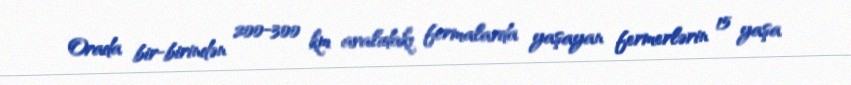
Orada bir-birindən 200-300 km aralıdakı fermalarda yaşayan fermerlərin 15 yaşa